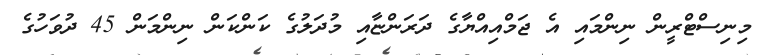
މިނިސްޓްރީން ނިންމައި އެ ޖަމްއިއްޔާގެ ދަރަންޏާއި މުދަލުގެ ކަންކަން ނިންމަން 45 ދުވަހުގެ